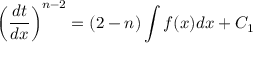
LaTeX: \left( { \frac { d t } { d x } } \right) ^ { n - 2 } = ( 2 - n ) \int f ( x ) d x + C _ { 1 }